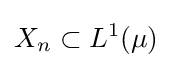
X_{n}\subset L^{1}(\mu )